Piroplasma canis and its life cycle in the tick - Number 29
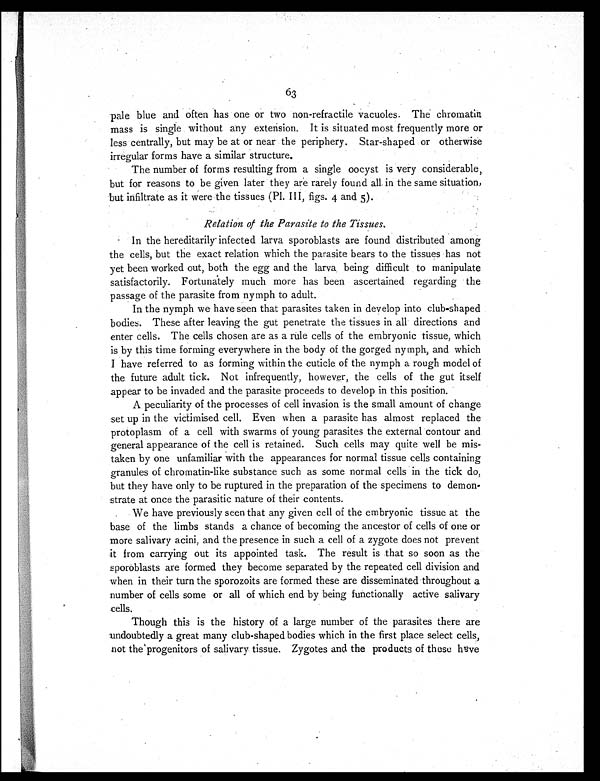
63
pale blue and often has one or two non-refractile vacuoles. The chromatin
mass is single without any extension. It is situated most frequently more or
less centrally, but may be at or near the periphery. Star-shaped or otherwise
irregular forms have a similar structure.
The number of forms resulting from a single oocyst is very considerable,
but for reasons to be given later they are rarely found all in the same situation,
but infiltrate as it were the tissues (Pl. III, figs. 4 and 5).
Relation of the Parasite to the Tissues.
In the hereditarily infected larva sporoblasts are found distributed among
the cells, but the exact relation which the parasite bears to the tissues has not
yet been worked out, both the egg and the larva, being difficult to manipulate
satisfactorily. Fortunately much more has been ascertained regarding the
passage of the parasite from nymph to adult.
In the nymph we have seen that parasites taken in develop into club-shaped
bodies. These after leaving the gut penetrate the tissues in all directions and
enter cells. The cells chosen are as a rule cells of the embryonic tissue, which
is by this time forming everywhere in the body of the gorged nymph, and which
I have referred to as forming within the cuticle of the nymph a rough model of
the future adult tick. Not infrequently, however, the cells of the gut itself
appear to be invaded and the parasite proceeds to develop in this position.
A peculiarity of the processes of cell invasion is the small amount of change
set up in the victimised cell. Even when a parasite has almost replaced the
protoplasm of a cell with swarms of young parasites the external contour and
general appearance of the cell is retained. Such cells may quite well be mis-
taken by one unfamiliar with the appearances for normal tissue cells containing
granules of chromatin-like substance such as some normal cells in the tick do,
but they have only to be ruptured in the preparation of the specimens to demon-
strate at once the parasitic nature of their contents.
We have previously seen that any given cell of the embryonic tissue at the
base of the limbs stands a chance of becoming the ancestor of cells of one or
more salivary acini, and the presence in such a cell of a zygote does not prevent
it from carrying out its appointed task. The result is that so soon as the
sporoblasts are formed they become separated by the repeated cell division and
when in their turn the sporozoits are formed these are disseminated throughout a
number of cells some or all of which end by being functionally active salivary
cells.
Though this is the history of a large number of the parasites there are
undoubtedly a great many club-shaped bodies which in the first place select cells,
not the progenitors of salivary tissue. Zygotes and the products of these have